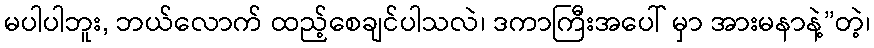
မပါပါဘူး, ဘယ်လောက် ထည့်စေချင်ပါသလဲ၊ ဒကာကြီးအပေါ် မှာ အားမနာနဲ့”တဲ့၊